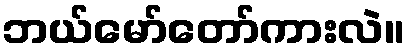
ဘယ်မော်တော်ကားလဲ။